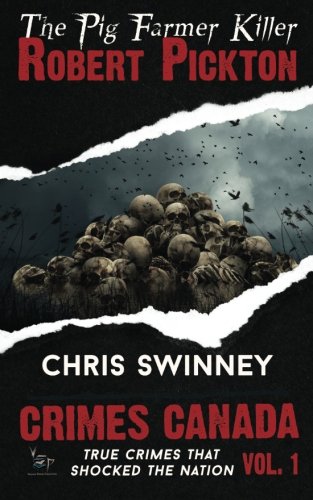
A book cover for Robert Pickton: The Pig Farmer Killer (Crimes Canada: True Crimes That Shocked The Nation); Chris Swinney; Medical Books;